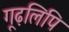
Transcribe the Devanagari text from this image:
गूढ़लिपि